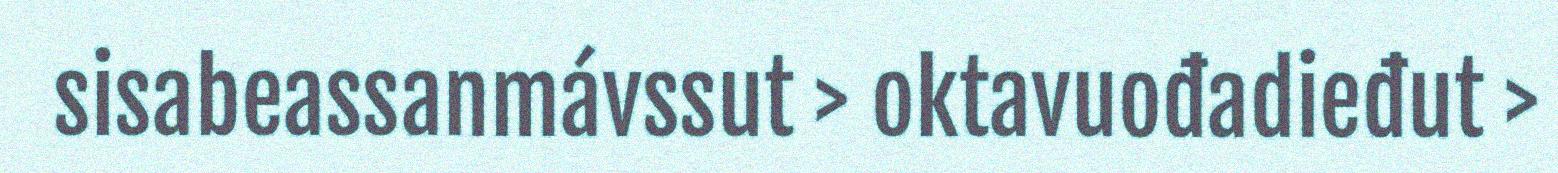
sisabeassanmávssut > oktavuođadieđut >